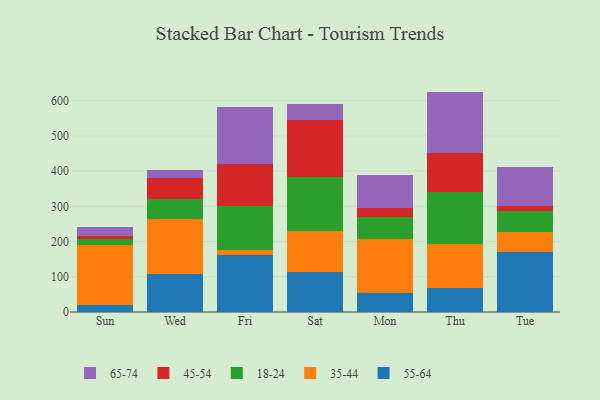
{"axis": {"x": "Day", "y": "Gross Profit (USD K)"}, "legend": ["18-24", "35-44", "45-54", "55-64", "65-74"], "data": [{"x": "Sun", "y": 20.0, "type": "55-64"}, {"x": "Sun", "y": 169.9, "type": "35-44"}, {"x": "Sun", "y": 16.6, "type": "18-24"}, {"x": "Sun", "y": 8.2, "type": "45-54"}, {"x": "Sun", "y": 26.3, "type": "65-74"}, {"x": "Wed", "y": 106.7, "type": "55-64"}, {"x": "Wed", "y": 157.0, "type": "35-44"}, {"x": "Wed", "y": 58.5, "type": "18-24"}, {"x": "Wed", "y": 58.5, "type": "45-54"}, {"x": "Wed", "y": 21.7, "type": "65-74"}, {"x": "Fri", "y": 161.5, "type": "55-64"}, {"x": "Fri", "y": 14.9, "type": "35-44"}, {"x": "Fri", "y": 125.2, "type": "18-24"}, {"x": "Fri", "y": 117.9, "type": "45-54"}, {"x": "Fri", "y": 161.7, "type": "65-74"}, {"x": "Sat", "y": 113.8, "type": "55-64"}, {"x": "Sat", "y": 117.5, "type": "35-44"}, {"x": "Sat", "y": 150.8, "type": "18-24"}, {"x": "Sat", "y": 162.9, "type": "45-54"}, {"x": "Sat", "y": 45.4, "type": "65-74"}, {"x": "Mon", "y": 52.9, "type": "55-64"}, {"x": "Mon", "y": 153.6, "type": "35-44"}, {"x": "Mon", "y": 64.0, "type": "18-24"}, {"x": "Mon", "y": 24.9, "type": "45-54"}, {"x": "Mon", "y": 94.4, "type": "65-74"}, {"x": "Thu", "y": 68.6, "type": "55-64"}, {"x": "Thu", "y": 123.6, "type": "35-44"}, {"x": "Thu", "y": 149.8, "type": "18-24"}, {"x": "Thu", "y": 110.8, "type": "45-54"}, {"x": "Thu", "y": 173.0, "type": "65-74"}, {"x": "Tue", "y": 169.6, "type": "55-64"}, {"x": "Tue", "y": 57.1, "type": "35-44"}, {"x": "Tue", "y": 58.8, "type": "18-24"}, {"x": "Tue", "y": 16.1, "type": "45-54"}, {"x": "Tue", "y": 110.5, "type": "65-74"}]}